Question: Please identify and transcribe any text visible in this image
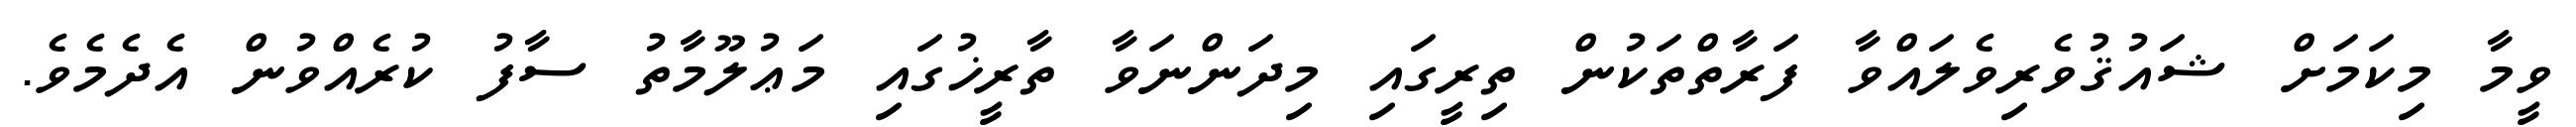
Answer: ވީމާ މިކަމަށް ޝައުޤުވެރިވެލައްވާ ފަރާތްތަކުން ތިރީގައި މިދަންނަވާ ތާރީޚުގައި މަޢުލޫމާތު ސާފު ކުރެއްވުން އެދެމެވެ.